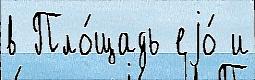
в Пло́щадь еjо́ и